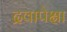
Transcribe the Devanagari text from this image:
द्रवापेक्षा